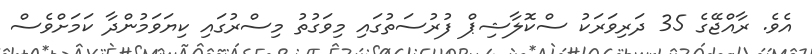
އެވެ. ރާއްޖޭގެ 35 ދަރިވަރަކު ސްކޮލާޝިޕް ފުރުސަތުގައި މިވަގުތު މިސްރުގައި ކިޔަވަމުންދާ ކަމަށްވެސް